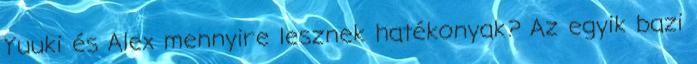
Yuuki és Alex mennyire lesznek hatékonyak? Az egyik bazi